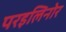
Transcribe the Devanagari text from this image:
परइलिनोर